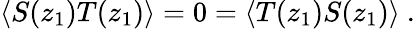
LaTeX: \langle S(z_{1})T(z_{1})\rangle=0=\langle T(z_{1})S(z_{1})\rangle\ .